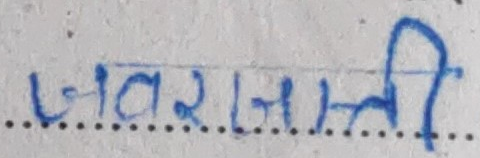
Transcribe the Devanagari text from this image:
जवाफनाती